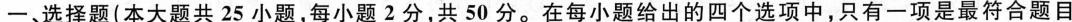
─、选择题(本大题共25小题，每小题2分，共50分。在每小题给出的四个选项中，只有一项是最符合题目